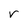
Character: r